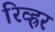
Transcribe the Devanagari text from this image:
रिव्ह्रर